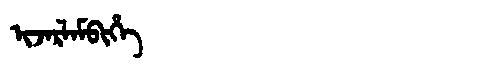
Manchu: ᡳᠵᠠᡵᠯᠠᠮᠪᡳᡥᡝ
Romanization: IJARLAMBIHE